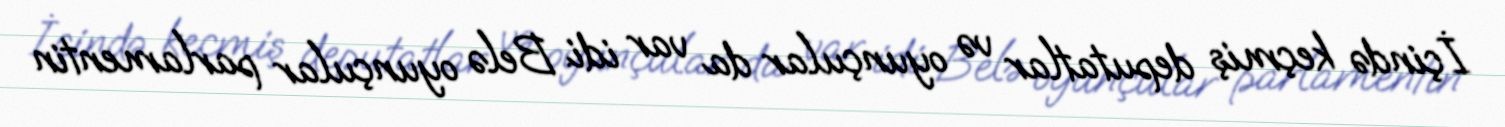
İçində keçmiş deputatlar və oyunçular da var idi. Belə oyunçular parlamentin